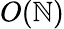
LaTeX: O(\mathbb{N})